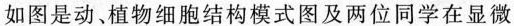
如图是动、植物细胞结构模式图及两位同学在显微